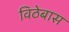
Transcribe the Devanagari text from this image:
विठेबास